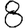
Digit: 8